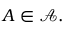
A \in { \mathcal { A } } .